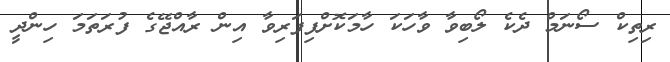
ރިތިކް ސޯނަމް ދެކެ ލޯބިވާ ވާހަކަ ހާމަކޮށްފިފަރިވާ އިން ރާއްޖޭގެ ފުރަތަމަ ހިންދީ